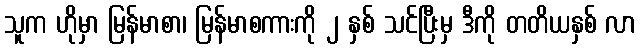
သူက ဟိုမှာ မြန်မာစာ၊ မြန်မာစကားကို ၂ နှစ် သင်ပြီးမှ ဒီကို တတိယနှစ် လာ